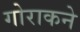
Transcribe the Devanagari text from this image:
गोराकने